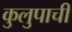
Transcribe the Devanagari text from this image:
कुलुपाची